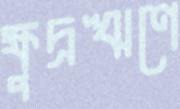
ক্ষুদ্রঋণে